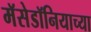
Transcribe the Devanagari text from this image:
मॅसेडॉनियाच्या